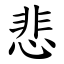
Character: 悲